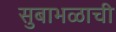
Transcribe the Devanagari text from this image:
सुबाभळाची